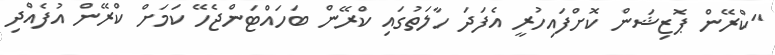
"ކްރޭން ޕޮޒިޝަން ކޮށްފައިހުރީ އެފަދަ ހާލަތުގައި ކްރޭން ބަހައްޓަންޖެހޭ ކަމަށް ކްރޭން އުފެއްދި